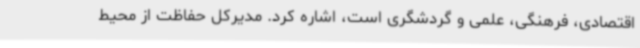
اقتصادی، فرهنگی، علمی و گردشگری است، اشاره کرد. مدیرکل حفاظت از محیط